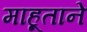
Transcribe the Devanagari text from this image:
माहूताने